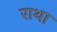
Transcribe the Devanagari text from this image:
राथा